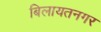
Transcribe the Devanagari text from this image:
बिलायतनगर